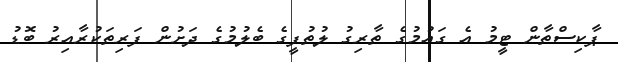
ޕާކިސްތާން ޓީމު އެ ގައުމުގެ ތާރިގު ލުތުފީގެ ބެލުމުގެ ދަށުން ފަރިތަކުރާއިރު ބޮޑު